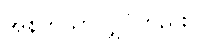
အနက်သာလျှင်တည်း။